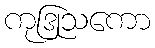
ကုဒြုသကော